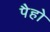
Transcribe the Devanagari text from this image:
पैहो